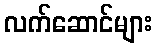
လက်ဆောင်များ